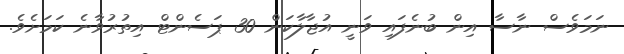
ނަމަވެސް ނާސާ އިން ބުނެފައި ވަނީ އުޖާލާކަން 30 ޕަސެންޓް އިތުރުވާނެ ކަމަށެވެ.